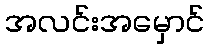
အလင်းအမှောင်